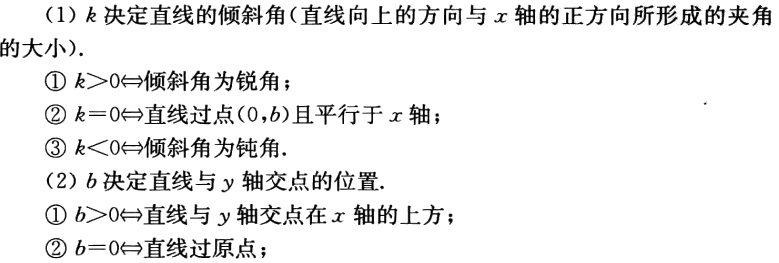
（1）\(k\)决定直线的倾斜角（直线向上的方向与\(x\)轴的正方向所形成的夹角）的大小.

\textcircled{1} \(k > 0\Leftrightarrow\)倾斜角为锐角；

\textcircled{2} \(k = 0\Leftrightarrow\)直线过点\((0,b)\)且平行于\(x\)轴；

\textcircled{3} \(k < 0\Leftrightarrow\)倾斜角为钝角.

（2）\(b\)决定直线与\(y\)轴交点的位置.

\textcircled{1} \(b > 0\Leftrightarrow\)直线与\(y\)轴交点在\(x\)轴的上方；

\textcircled{2} \(b = 0\Leftrightarrow\)直线过原点；